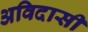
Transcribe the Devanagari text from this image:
अविदासी